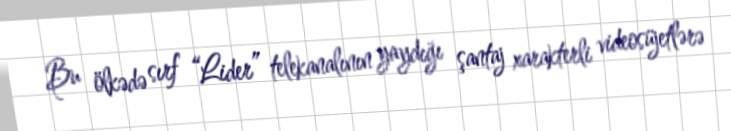
Bu ölkədə sırf “Lider” telekanalının yaydığı şantaj xarakterli videosüjetlərə